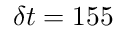
\delta t = 1 5 5